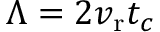
\Lambda = 2 v _ { \mathrm { r } } t _ { c }